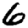
Digit: 6